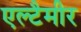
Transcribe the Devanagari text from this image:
एल्टैमीर